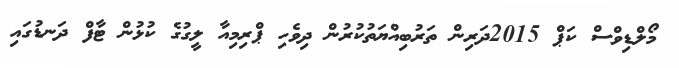
މޯލްޑިވްސް ކަޕް 2015ދަރިން ތަރުބިއްޔަތުކުރުން ދިވެހި ޕްރިމިއާ ލީގުގެ ކުޅުން ޓާފް ދަނޑުގައި